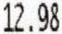
12.98